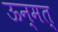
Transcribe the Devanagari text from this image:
ऊन्मत्